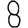
Digit: 8